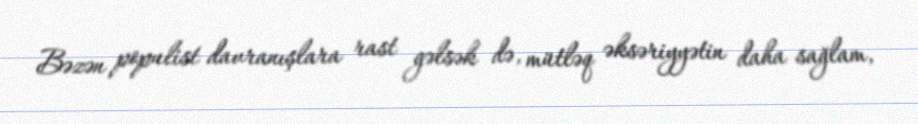
Bəzən populist davranışlara rast gəlsək də, mütləq əksəriyyətin daha sağlam,